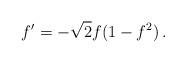
LaTeX: \begin{align*}f^{\prime }=-\sqrt{2}f(1-f^{2})\,. \end{align*}